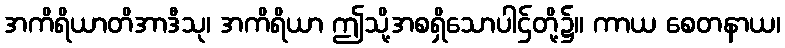
အကိရိယာတိအာဒီသု၊ အကိရိယာ ဤသို့အစရှိသောပါဌ်တို့၌။ ကာယ စေတနာယ၊